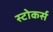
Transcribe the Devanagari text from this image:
स्टोकर्स